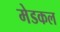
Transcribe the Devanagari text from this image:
मेडकल